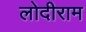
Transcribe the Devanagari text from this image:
लोदीराम